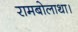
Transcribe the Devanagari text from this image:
रामबोलाथा।